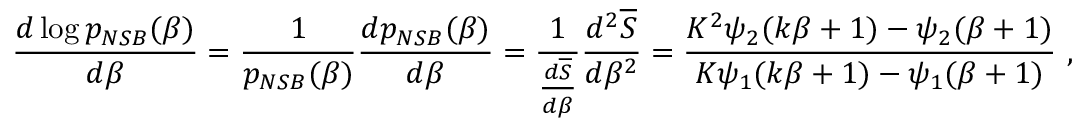
\frac { d \log p _ { N S B } ( \beta ) } { d \beta } = \frac { 1 } { p _ { N S B } ( \beta ) } \frac { d p _ { N S B } ( \beta ) } { d \beta } = \frac { 1 } { \frac { d \overline { { S } } } { d \beta } } \frac { d ^ { 2 } \overline { { S } } } { d \beta ^ { 2 } } = \frac { K ^ { 2 } \psi _ { 2 } ( k \beta + 1 ) - \psi _ { 2 } ( \beta + 1 ) } { K \psi _ { 1 } ( k \beta + 1 ) - \psi _ { 1 } ( \beta + 1 ) } ~ ,